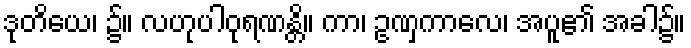
ဒုတိယေ၊ ၌။ လဟုပါဝုရဏန္တိ။ ကာ၊ ဥဏှကာလေ၊ အပူ၏ အခါ၌။